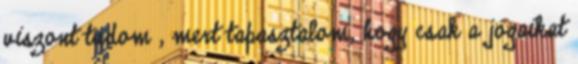
viszont tudom , mert tapasztalom, hogy csak a jogaikat